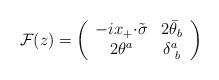
LaTeX: \begin{align*}{\cal F}(z)=\left(\begin{array}{cc}-ix_{+}{\cdot\tilde{\sigma}}&2\bar{\theta}_{b}\\2\theta^{a}&\delta^{a}_{~b}\end{array}\right)\end{align*}